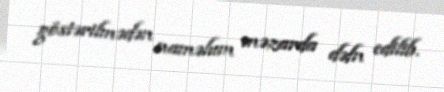
göstərilmədən naməlum məzarda dəfn edilib.